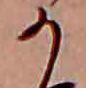
か